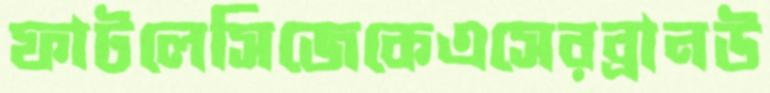
ফাটলেসিজেকেএসেরব্রানউ